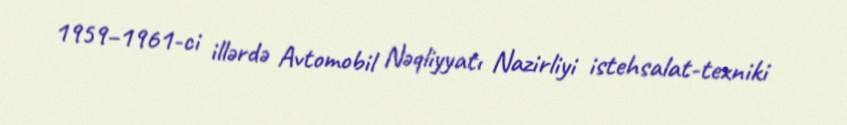
1959–1961-ci illərdə Avtomobil Nəqliyyatı Nazirliyi istehsalat-texniki